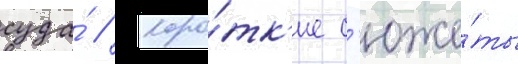
суда́ // Коро́тк'ие с'юже́ты